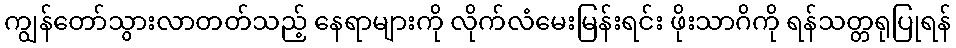
ကျွန်တော်သွားလာတတ်သည့် နေရာများကို လိုက်လံမေးမြန်းရင်း ဖိုးသာဂိကို ရန်သတ္တရုပြုရန်